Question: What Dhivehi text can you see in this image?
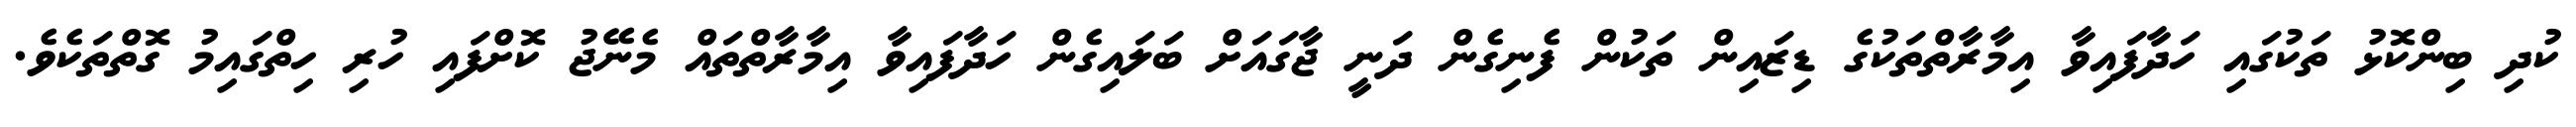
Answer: ކުދި ބިންކޮޅު ތަކުގައި ހަދާފައިވާ އިމާރާތްތަކުގެ ޑިޒައިން ތަކުން ފެނިގެން ދަނީ ޖާގައަށް ބަލައިގެން ހަދާފައިވާ އިމާރާތްތައް މެނޭޖު ކޮށްފައި ހުރި ހިތްގައިމު ގޮތްތަކެވެ.